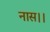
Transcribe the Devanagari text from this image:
नास।।